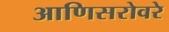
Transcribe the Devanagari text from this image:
आणिसरोवरे